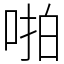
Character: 啪